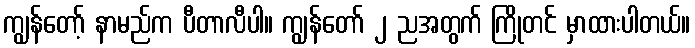
ကျွန်တော့် နာမည်က ပီတာလီပါ။ ကျွန်တော် ၂ ညအတွက် ကြိုတင် မှာထားပါတယ်။